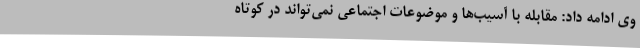
وی ادامه داد: مقابله با آسیب‌ها و موضوعات اجتماعی نمی‌تواند در کوتاه